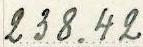
238.42